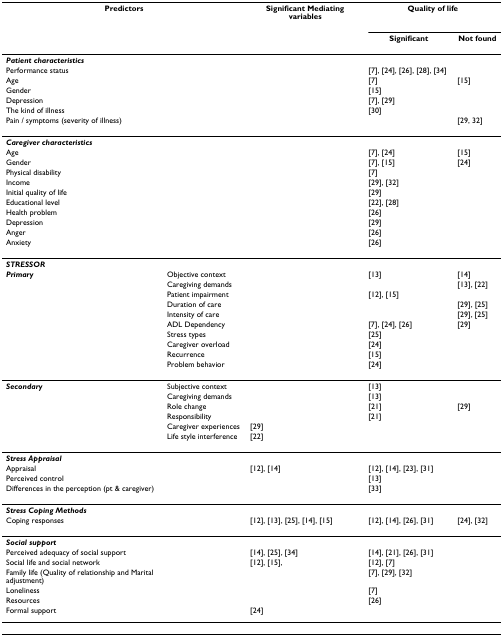
<table><thead><tr><td colspan="2"><b>Predictors</b></td><td><b>Significant Mediating variables</b></td><td colspan="2"><b>Quality of life</b></td></tr><tr><td></td><td></td><td></td><td><b>Significant</b></td><td><b>Not found</b></td></tr></thead><tbody><tr><td><b><i>Patient characteristics</i></b></td><td></td><td></td><td></td><td></td></tr><tr><td>Performance status</td><td></td><td></td><td>[7], [24], [26], [28], [34]</td><td></td></tr><tr><td>Age</td><td></td><td></td><td>[7]</td><td>[15]</td></tr><tr><td>Gender</td><td></td><td></td><td>[15]</td><td></td></tr><tr><td>Depression</td><td></td><td></td><td>[7], [29]</td><td></td></tr><tr><td>The kind of illness</td><td></td><td></td><td>[30]</td><td></td></tr><tr><td>Pain / symptoms (severity of illness)</td><td></td><td></td><td></td><td>[29, 32]</td></tr><tr><td><b><i>Caregiver characteristics</i></b></td><td></td><td></td><td></td><td></td></tr><tr><td>Age</td><td></td><td></td><td>[7], [24]</td><td>[15]</td></tr><tr><td>Gender</td><td></td><td></td><td>[7], [15]</td><td>[24]</td></tr><tr><td>Physical disability</td><td></td><td></td><td>[7]</td><td></td></tr><tr><td>Income</td><td></td><td></td><td>[29], [32]</td><td></td></tr><tr><td>Initial quality of life</td><td></td><td></td><td>[29]</td><td></td></tr><tr><td>Educational level</td><td></td><td></td><td>[22], [28]</td><td></td></tr><tr><td>Health problem</td><td></td><td></td><td>[26]</td><td></td></tr><tr><td>Depression</td><td></td><td></td><td>[29]</td><td></td></tr><tr><td>Anger</td><td></td><td></td><td>[26]</td><td></td></tr><tr><td>Anxiety</td><td></td><td></td><td>[26]</td><td></td></tr><tr><td><b><i>STRESSOR</i></b></td><td></td><td></td><td></td><td></td></tr><tr><td><b><i>Primary</i></b></td><td>Objective context</td><td></td><td>[13]</td><td>[14]</td></tr><tr><td></td><td>Caregiving demands</td><td></td><td></td><td>[13], [22]</td></tr><tr><td></td><td>Patient impairment</td><td></td><td>[12], [15]</td><td></td></tr><tr><td></td><td>Duration of care</td><td></td><td></td><td>[29], [25]</td></tr><tr><td></td><td>Intensity of care</td><td></td><td></td><td>[29], [25]</td></tr><tr><td></td><td>ADL Dependency</td><td></td><td>[7], [24], [26]</td><td>[29]</td></tr><tr><td></td><td>Stress types</td><td></td><td>[25]</td><td></td></tr><tr><td></td><td>Caregiver overload</td><td></td><td>[24]</td><td></td></tr><tr><td></td><td>Recurrence</td><td></td><td>[15]</td><td></td></tr><tr><td></td><td>Problem behavior</td><td></td><td>[24]</td><td></td></tr><tr><td><b><i>Secondary</i></b></td><td>Subjective context</td><td></td><td>[13]</td><td></td></tr><tr><td></td><td>Caregiving demands</td><td></td><td>[13]</td><td></td></tr><tr><td></td><td>Role change</td><td></td><td>[21]</td><td>[29]</td></tr><tr><td></td><td>Responsibility</td><td></td><td>[21]</td><td></td></tr><tr><td></td><td>Caregiver experiences</td><td>[29]</td><td></td><td></td></tr><tr><td></td><td>Life style interference</td><td>[22]</td><td></td><td></td></tr><tr><td><b><i>Stress Appraisal</i></b></td><td></td><td></td><td></td><td></td></tr><tr><td>Appraisal</td><td></td><td>[12], [14]</td><td>[12], [14], [23], [31]</td><td></td></tr><tr><td>Perceived control</td><td></td><td></td><td>[13]</td><td></td></tr><tr><td>Differences in the perception (pt &amp; caregiver)</td><td></td><td></td><td>[33]</td><td></td></tr><tr><td><b><i>Stress Coping Methods</i></b></td><td></td><td></td><td></td><td></td></tr><tr><td>Coping responses</td><td></td><td>[12], [13], [25], [14], [15]</td><td>[12], [14], [26], [31]</td><td>[24], [32]</td></tr><tr><td><b><i>Social support</i></b></td><td></td><td></td><td></td><td></td></tr><tr><td>Perceived adequacy of social support</td><td></td><td>[14], [25], [34]</td><td>[14], [21], [26], [31]</td><td></td></tr><tr><td>Social life and social network</td><td></td><td>[12], [15],</td><td>[12], [7]</td><td></td></tr><tr><td>Family life (Quality of relationship and Marital adjustment)</td><td></td><td></td><td>[7], [29], [32]</td><td></td></tr><tr><td>Loneliness</td><td></td><td></td><td>[7]</td><td></td></tr><tr><td>Resources</td><td></td><td></td><td>[26]</td><td></td></tr><tr><td>Formal support</td><td></td><td>[24]</td><td></td><td></td></tr></tbody></table>